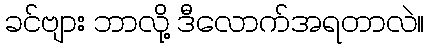
ခင်ဗျား ဘာလို့ ဒီလောက်အရတာလဲ။